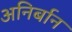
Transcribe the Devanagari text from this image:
अनिर्बान